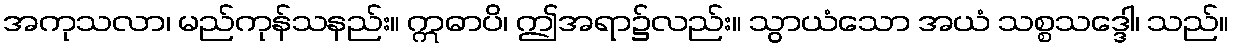
အကုသလာ၊ မည်ကုန်သနည်း။ ဣဓာပိ၊ ဤအရာ၌လည်း။ သွာယံသော အယံ သစ္စသဒ္ဒေါ၊ သည်။